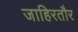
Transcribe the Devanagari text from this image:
जाहिरतौर